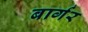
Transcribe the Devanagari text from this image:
बार्गर